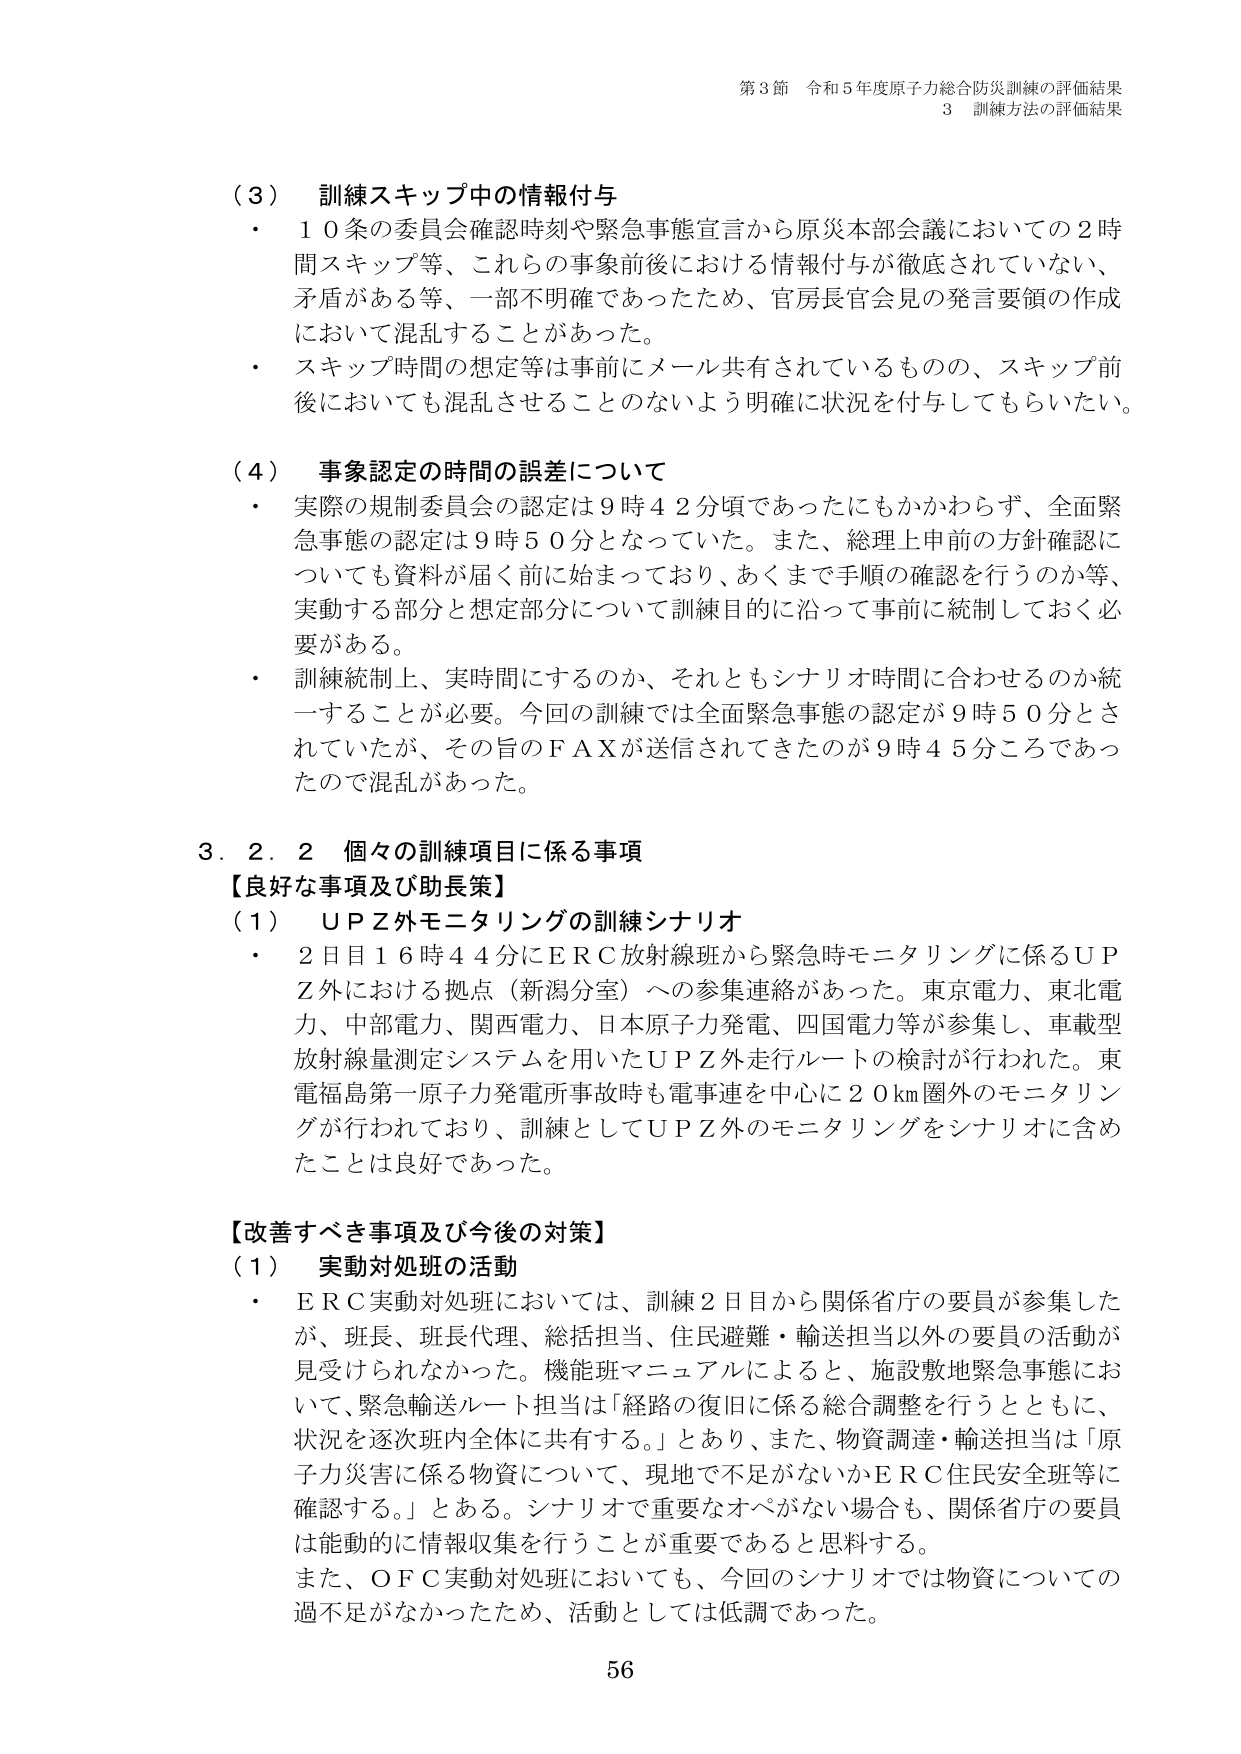
第3節 令和5年度原子力総合防災訓練の評価結果
3 訓練方法の評価結果

（3） 訓練スキップ中の情報付与
・ 10条の委員会確認時刻や緊急事態宣言から原災本部会議においての2時間スキップ等、これらの事象前後における情報付与が徹底されていない、矛盾がある等、一部不明確であったため、官房長官会見の発言要領の作成において混乱することがあった。
・ スキップ時間の想定等は事前にメール共有されているものの、スキップ前後においても混乱させることのないよう明確に状況を付与してもらいたい。

（4） 事象認定の時間の誤差について
・ 実際の規制委員会の認定は9時42分頃であったにもかかわらず、全面緊急事態の認定は9時50分となっていた。また、総理上申前の方針確認についても資料が届く前に始まっており、あくまで手順の確認を行うのか等、実動する部分と想定部分について訓練目的に沿って事前に統制しておく必要がある。
・ 訓練統制上、実時間にするのか、それともシナリオ時間に合わせるのか統一することが必要。今回の訓練では全面緊急事態の認定が9時50分とされていたが、その旨のFAXが送信されてきたのが9時45分ごろであったので混乱があった。

3．2．2 個々の訓練項目に係る事項
【良好な事項及び助長策】
（1） UPZ外モニタリングの訓練シナリオ
・ 2日目16時44分にERC放射線班から緊急時モニタリングに係るUPZ外における拠点（新潟分室）への参集連絡があった。東京電力、東北電力、中部電力、関西電力、日本原子力発電、四国電力等が参集し、車載型放射線量測定システムを用いたUPZ外走行ルートの検討が行われた。東電福島第一原子力発電所事故時も電事連を中心に20km圏外のモニタリングが行われており、訓練としてUPZ外のモニタリングをシナリオに含めたことは良好であった。

【改善すべき事項及び今後の対策】
（1） 実動対処班の活動
・ ERC実動対処班においては、訓練2日目から関係省庁の要員が参集したが、班長、班長代理、総括担当、住民避難・輸送担当以外の要員の活動が見受けられなかった。機能班マニュアルによると、施設敷地緊急事態において、緊急輸送ルート担当は「経路の復旧に係る総合調整を行うとともに、状況を逐次班内全体に共有する。」とあり、また、物資調達・輸送担当は「原子力災害に係る物資について、現地で不足がないかERC住民安全班等に確認する。」とある。シナリオで重要なオペがない場合も、関係省庁の要員は能動的に情報収集を行うことが重要であると料する。
また、OFC実動対処班においても、今回のシナリオでは物資についての過不足がなかったため、活動としては低調であった。

56